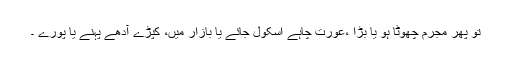
تو پھر مجرم چھوٹا ہو یا بڑا ،عورت چاہے اسکول جائے یا بازار میں، کپڑے آدھے پہنے یا پورے ۔